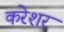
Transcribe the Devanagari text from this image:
करेशर